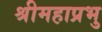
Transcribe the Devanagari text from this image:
श्रीमहाप्रभु